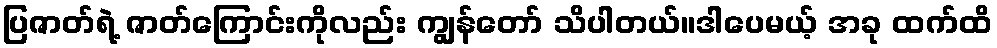
ပြဇာတ်ရဲ့ ဇာတ်ကြောင်းကိုလည်း ကျွန်တော် သိပါတယ်။ဒါပေမယ့် အခု ထက်ထိ